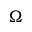
\Omega